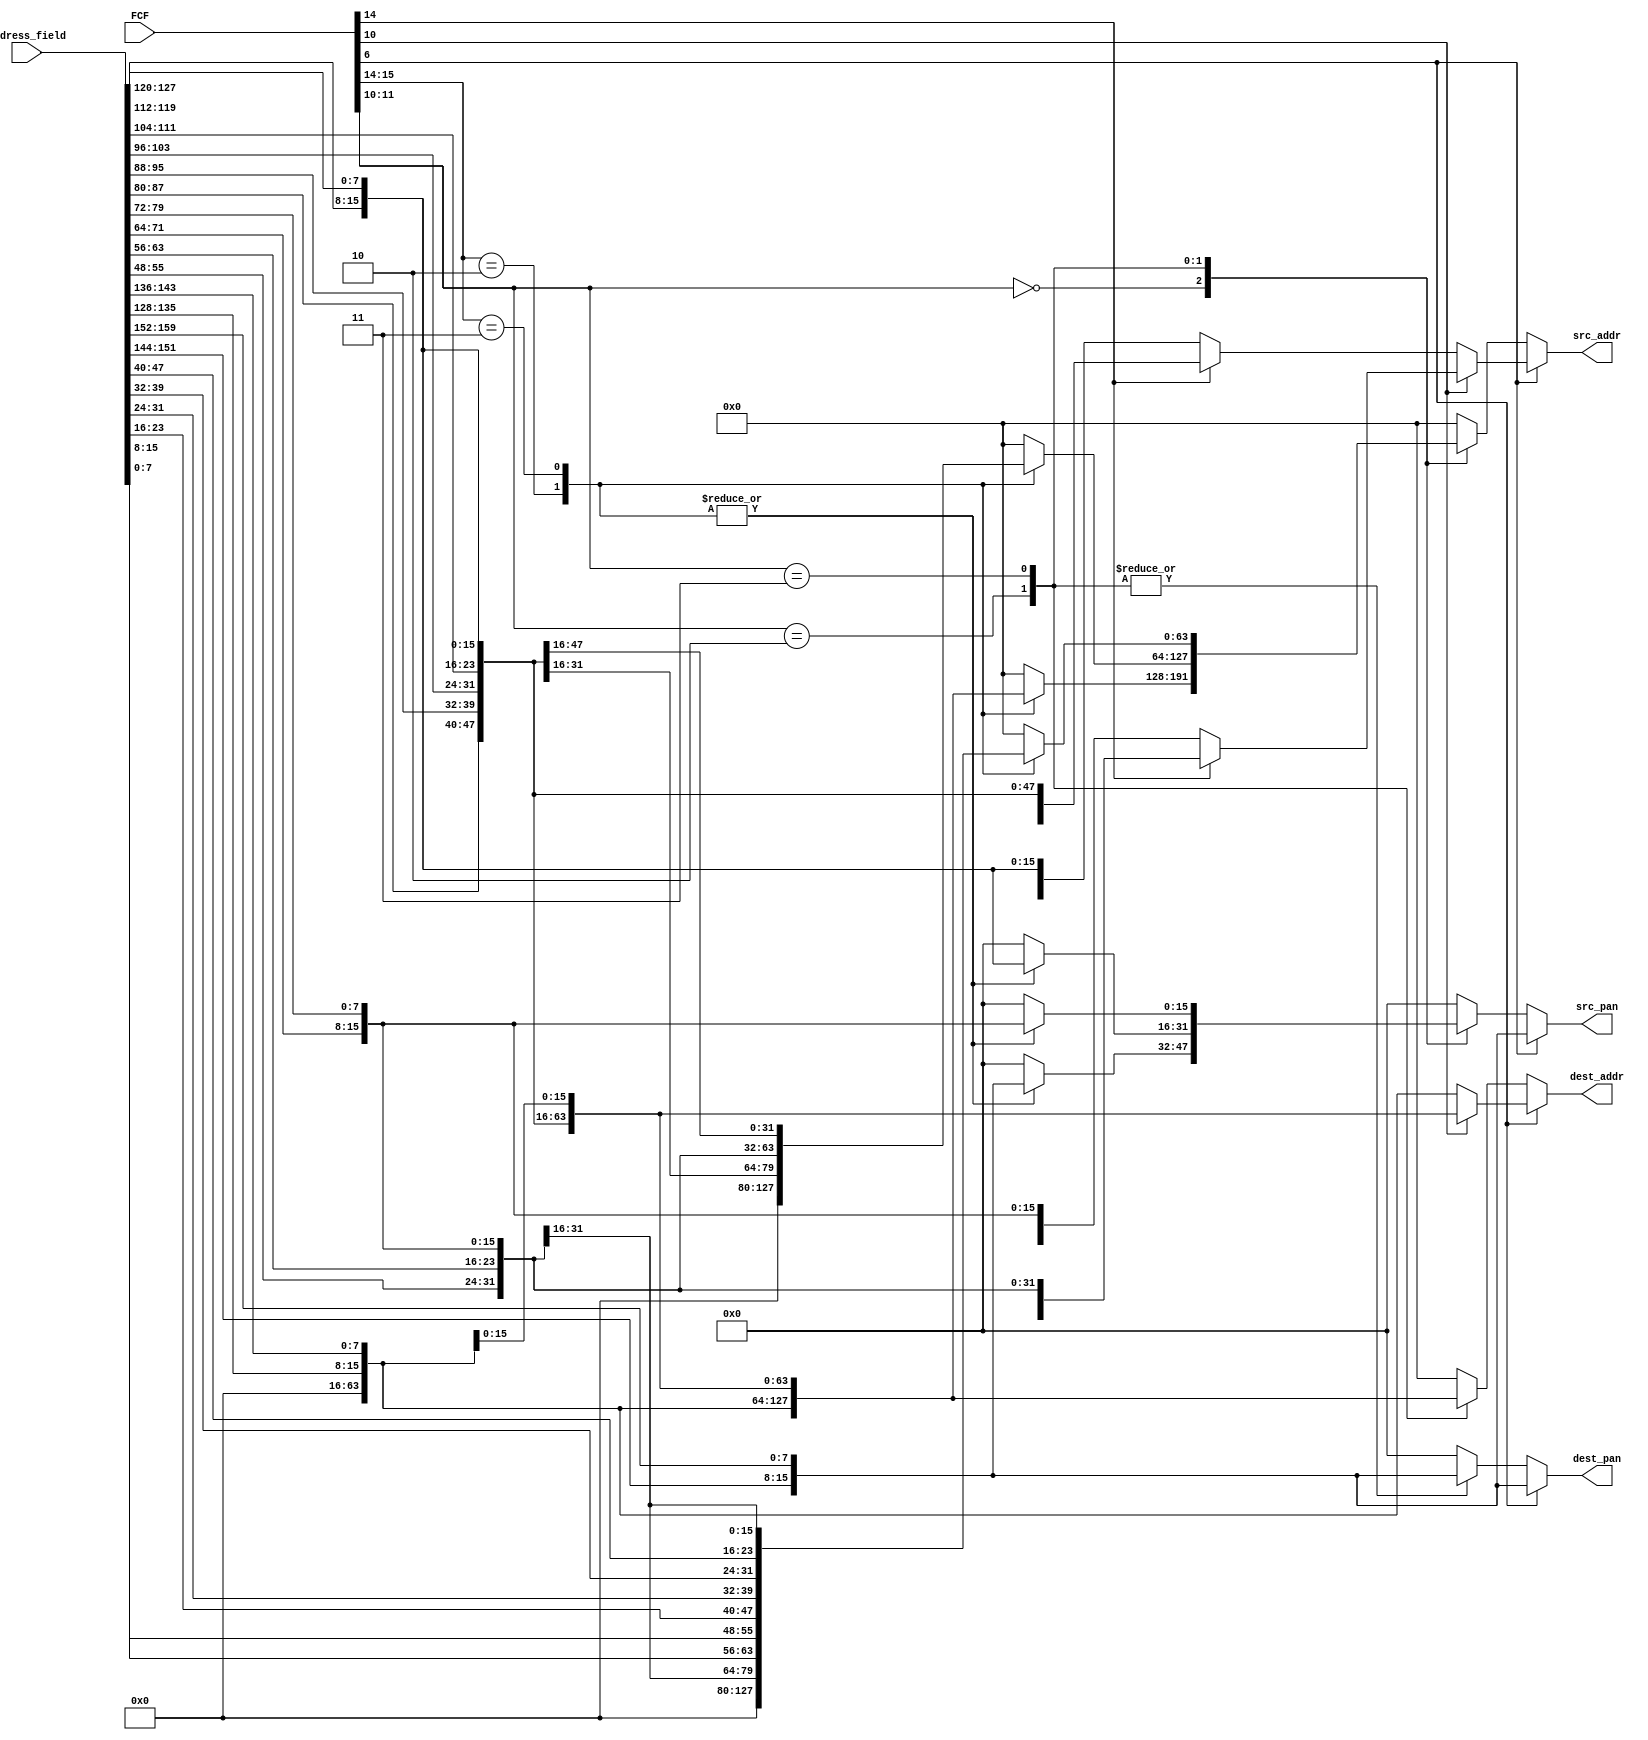
/*
 * "Copyright (c) 2010-2011 The Regents of the University of Michigan.
 * All rights reserved.
 *
 * Redistribution and use in source and binary forms, with or without
 * modification, are permitted provided that the following conditions
 * are met:
 *
 * - Redistributions of source code must retain the above copyright
 *   notice, this list of conditions and the following disclaimer.
 * - Redistributions in binary form must reproduce the above copyright
 *   notice, this list of conditions and the following disclaimer in the
 *   documentation and/or other materials provided with the
 *   distribution.
 * - Neither the name of the copyright holders nor the names of
 *   its contributors may be used to endorse or promote products derived
 *   from this software without specific prior written permission.
 *
 * THIS SOFTWARE IS PROVIDED BY THE COPYRIGHT HOLDERS AND CONTRIBUTORS
 * "AS IS" AND ANY EXPRESS OR IMPLIED WARRANTIES, INCLUDING, BUT NOT
 * LIMITED TO, THE IMPLIED WARRANTIES OF MERCHANTABILITY AND FITNESS
 * FOR A PARTICULAR PURPOSE ARE DISCLAIMED.  IN NO EVENT SHALL THE
 * COPYRIGHT HOLDER OR CONTRIBUTORS BE LIABLE FOR ANY DIRECT,
 * INDIRECT, INCIDENTAL, SPECIAL, EXEMPLARY, OR CONSEQUENTIAL DAMAGES
 * (INCLUDING, BUT NOT LIMITED TO, PROCUREMENT OF SUBSTITUTE GOODS OR
 * SERVICES; LOSS OF USE, DATA, OR PROFITS; OR BUSINESS INTERRUPTION)
 * HOWEVER CAUSED AND ON ANY THEORY OF LIABILITY, WHETHER IN CONTRACT,
 * STRICT LIABILITY, OR TORT (INCLUDING NEGLIGENCE OR OTHERWISE)
 * ARISING IN ANY WAY OUT OF THE USE OF THIS SOFTWARE, EVEN IF ADVISED
 * OF THE POSSIBILITY OF SUCH DAMAGE.
 */

/*
 * @author Ye-Sheng Kuo <samkuo@eecs.umich.edu>
 */

module frame_ctl(FCF, address_field, src_pan, dest_pan, dest_addr, src_addr);

input	[15:0]	FCF;
input	[159:0]	address_field;

output	[15:0]	src_pan, dest_pan;
output	[63:0]	dest_addr, src_addr;

wire			PAN_ID_comp = FCF[6];
wire	[1:0]	dest_addr_mode = FCF[11:10];
wire	[1:0]	src_addr_mode = FCF[15:14];

reg		[15:0]	dest_pan, src_pan;
reg		[63:0]	dest_addr, src_addr;

always @ *
begin
	src_pan = 0;
	dest_pan = 0;
	src_addr = 0;
	dest_addr = 0;
	// Dest, Src address "MUST" present
	if (PAN_ID_comp)
	begin
		dest_pan = {address_field[151:144], address_field[159:152]};
		src_pan = {address_field[151:144], address_field[159:152]};
		// dest addr mode = 11, 8 bytes for address
		if (dest_addr_mode[0])
		begin
			dest_addr = {address_field[87:80], address_field[95:88], address_field[103:96], address_field[111:104],
						address_field[119:112], address_field[127:120], address_field[135:128], address_field[143:136]};
			// src addr mode = 11, 8 bytes for address
			if (src_addr_mode[0])
				src_addr = {address_field[23:16], address_field[31:24], address_field[39:32], address_field[47:40],
							address_field[55:48], address_field[63:56], address_field[71:64], address_field[79:72]};
			// src addr mode = 10, 2 bytes for address
			else
				src_addr = {address_field[71:64], address_field[79:72]};
		end
		else
		// dest addr mode = 10, 2 bytes for address
		begin
			dest_addr = {address_field[135:128], address_field[143:136]};
			// src addr mode = 11, 8 bytes for address
			if (src_addr_mode[0])
				src_addr = {address_field[71:64], address_field[79:72], address_field[87:80], address_field[95:88],
							address_field[103:96], address_field[111:104], address_field[119:112], address_field[127:120]};
			// src addr mode = 10, 2 bytes for address
			else
				src_addr = {address_field[119:112], address_field[127:120]};
		end
	end
	else
	begin
		case (dest_addr_mode)
			// no dest addr present
			2'b00:
			begin
				dest_pan = 0;
				dest_addr = 0;
				case (src_addr_mode)
					2'b00:
					begin
						src_pan = 0;
						src_addr = 0;
					end

					2'b10:
					begin
						src_pan = {address_field[151:144], address_field[159:152]};
						src_addr = {address_field[135:128], address_field[143:136]};
					end

					2'b11:
					begin
						src_pan = {address_field[151:144], address_field[159:152]};
						src_addr = {address_field[87:80], address_field[95:88], address_field[103:96], address_field[111:104],
									address_field[119:112], address_field[127:120], address_field[135:128], address_field[143:136]};
					end

					default:
					begin
						src_pan = 0;
						src_addr = 0;
					end
				endcase
			end
			// 2 bytes dest address, 2 bytes dest pan
			2'b10:
			begin
				dest_pan = {address_field[151:144], address_field[159:152]};
				dest_addr = {address_field[135:128], address_field[143:136]};
				case (src_addr_mode)
					// no src address present, no src pan
					2'b00:
					begin
						src_pan = 0;
						src_addr = 0;
					end

					// 2 bytes for src pan, 2 bytes for src address
					2'b10:
					begin
						src_pan = {address_field[119:112], address_field[127:120]};
						src_addr = {address_field[103:96], address_field[111:104]};
					end

					// 2 bytes for src pan, 8 bytes for src address
					2'b11:
					begin
						src_pan = {address_field[119:112], address_field[127:120]};
						src_addr = {address_field[55:48], address_field[63:56], address_field[71:64], address_field[79:72],
									address_field[87:80], address_field[95:88], address_field[103:96], address_field[111:104]};
					end

					default:
					begin
						src_pan = 0;
						src_addr = 0;
					end
				endcase
			end
			// 2 bytes dest address, 2 bytes dest pan
			2'b11:
			begin
				dest_pan = {address_field[151:144], address_field[159:152]};
				dest_addr = {address_field[87:80], address_field[95:88], address_field[103:96], address_field[111:104],
							 address_field[119:112], address_field[127:120], address_field[135:128], address_field[143:136]};
				case (src_addr_mode)
					2'b00:
					begin
						src_pan = 0;
						src_addr = 0;
					end

					2'b10:
					begin
						src_pan = {address_field[71:64],address_field[79:72]};
						src_addr = {address_field[55:48],address_field[63:56]};
					end

					2'b11:
					begin
						src_pan = {address_field[71:64],address_field[79:72]};
						src_addr = {address_field[7:0], address_field[15:8], address_field[23:16], address_field[31:24],
									address_field[39:32], address_field[47:40], address_field[55:48], address_field[63:56]};
					end

					default:
					begin
						src_pan = 0;
						src_addr = 0;
					end
				endcase
			end

			default:
			begin
				src_pan = 0;
				dest_pan = 0;
				src_addr = 0;
				dest_addr = 0;
			end
		endcase

	end
end

endmodule